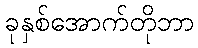
ခုနှစ်အောက်တိုဘာ